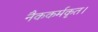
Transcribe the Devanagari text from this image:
नैककर्मकृत।